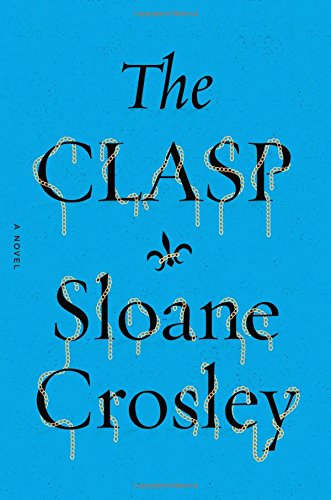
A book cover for he Clasp: A Novel (colors may vary); Sloane Crosley; Literature & Fiction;